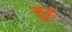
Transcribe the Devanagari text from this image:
ढूह